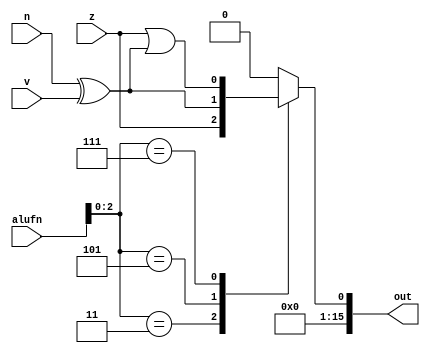
module compare_16_14 (
    input z,
    input v,
    input n,
    input [5:0] alufn,
    output reg [15:0] out
  );
  
  
  
  always @* begin
    out = 16'h0000;
    
    case (alufn[0+2-:3])
      default: begin
        out[0+0-:1] = 1'h0;
      end
      3'h3: begin
        out[0+0-:1] = z;
      end
      3'h5: begin
        out[0+0-:1] = n ^ v;
      end
      3'h7: begin
        out[0+0-:1] = z | (n ^ v);
      end
    endcase
  end
endmodule